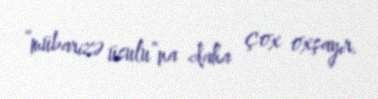
“mübarizə üsulu”na daha çox oxşayır.